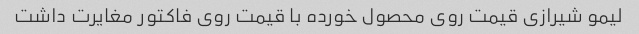
لیمو شیرازی قیمت روی محصول خورده با قیمت روی فاکتور مغایرت داشت